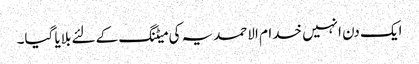
ایک دن انہیں خدام الاحمدیہ کی میٹنگ کے لئے بلایا گیا۔